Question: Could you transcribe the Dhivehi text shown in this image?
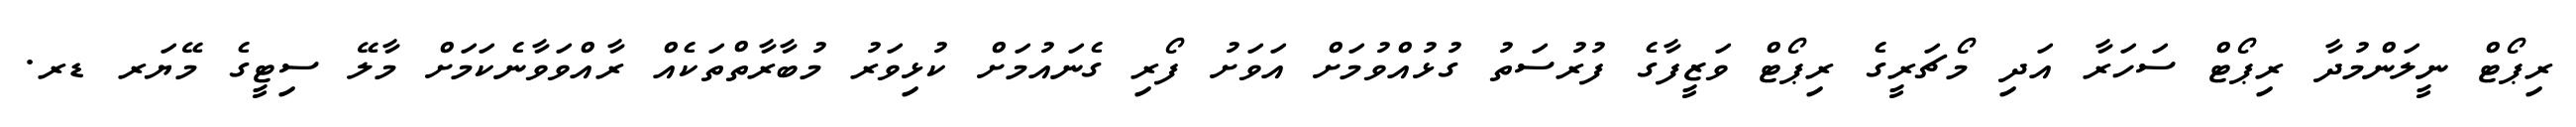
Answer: ރިޕޯޓް ނީލަންމުދާ ރިޕޯޓް ސަހަރާ އަދި މޯޗަރީގެ ރިޕޯޓް ވަޒީފާގެ ފުރުސަތު ގުޅުއްވުމަށް އަވަށު ފޯރި ގެނައުމަށް ކުޅިވަރު މުބާރާތްތަކެއް ރާއްވަވާނެކަމަށް މާލޭ ސިޓީގެ މޭޔަރ ޑރ.